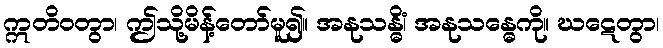
ဣတိဝတွာ၊ ဤသို့မိန့်တော်မူ၍။ အနုသန္ဓိံ၊ အနုသန္ဓေကို။ ဃဋေတွာ၊